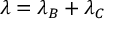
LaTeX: \lambda = \lambda _ { B } + \lambda _ { C }